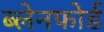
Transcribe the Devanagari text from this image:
ब्लेनफोर्ड